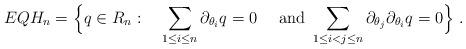
LaTeX: \begin{align*}EQH_n = \Big\{ q \in R_n : \quad\sum_{1\le i\le n} \partial_{\theta_i}q= 0 \quad\hbox{ and }\sum_{1\le i<j\le n} \partial_{\theta_j}\partial_{\theta_i}q= 0 \Big\}~.\end{align*}